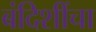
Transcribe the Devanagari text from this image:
बंदिशींचा